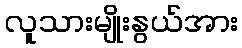
လူသားမျိုးနွယ်အား